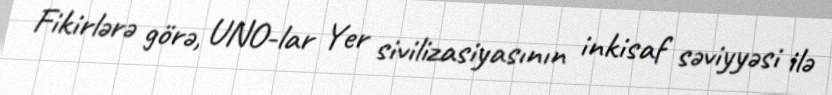
Fikirlərə görə, UNO-lar Yer sivilizasiyasının inkisaf səviyyəsi ilə